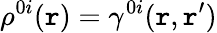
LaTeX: \rho^{0i}(\mathtt{r})=\gamma^{0i}(\mathtt{r},\mathtt{r}^{\prime})